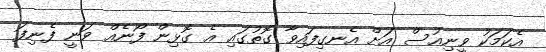
އެކަމަކު ވީނިއުސް އަށް އެނގިފައިވާ ގޮތުގައި އެ ގޮޅިން ފޯނެއް ވަނީ ފެނިފަ